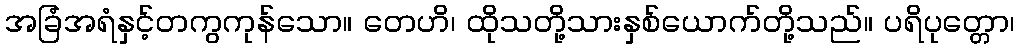
အခြံအရံနှင့်တကွကုန်သော။ တေဟိ၊ ထိုသတို့သားနှစ်ယောက်တို့သည်။ ပရိပုတ္တော၊